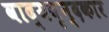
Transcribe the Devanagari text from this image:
वाद्यवृन्दकार